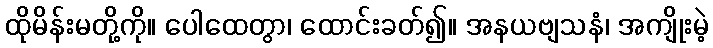
ထိုမိန်းမတို့ကို။ ပေါထေတွာ၊ ထောင်းခတ်၍။ အနယဗျသနံ၊ အကျိုးမဲ့